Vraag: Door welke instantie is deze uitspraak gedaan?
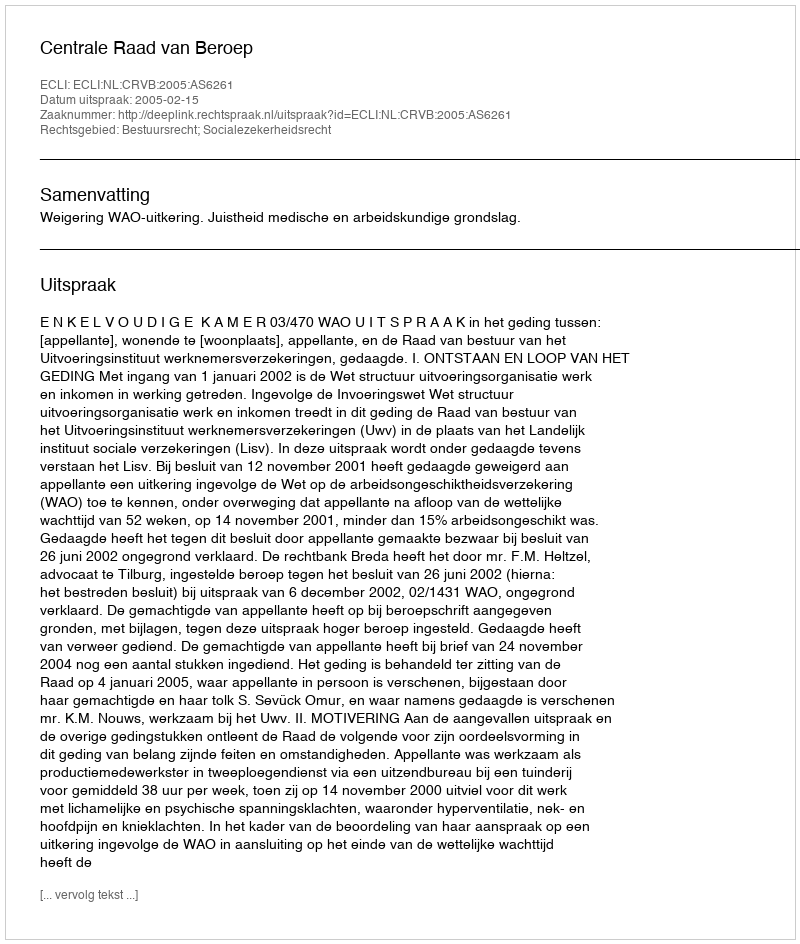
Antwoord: Centrale Raad van Beroep